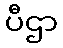
ပီဌာ